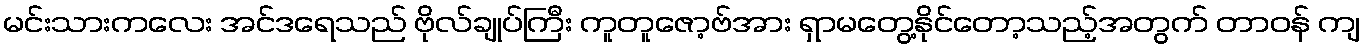
မင်းသားကလေး အင်ဒရေသည် ဗိုလ်ချုပ်ကြီး ကူတူဇော့ဗ်အား ရှာမတွေ့နိုင်တော့သည့်အတွက် တာဝန် ကျ